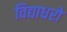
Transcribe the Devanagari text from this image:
विद्याधरो